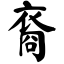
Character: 裔